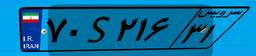
۷۰S۲۱۶۳۱